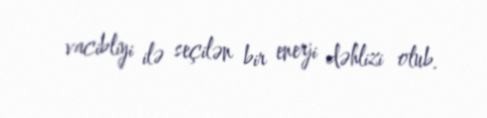
vacibliyi ilə seçilən bir enerji dəhlizi olub.